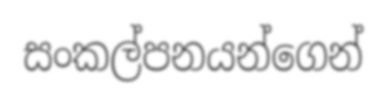
සංකල්පනයන්ගෙන්